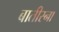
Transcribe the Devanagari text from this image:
बातीस्ना